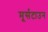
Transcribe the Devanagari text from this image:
मूर्सटाउन